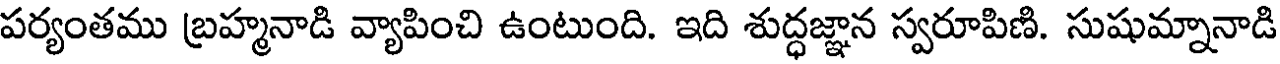
పర్యంతము బ్రహ్మనాడి వ్యాపించి ఉంటుంది. ఇది శుద్ధజ్ఞాన స్వరూపిణి. సుషుమ్నానాడి